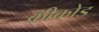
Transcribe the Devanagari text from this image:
कीकोड